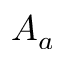
A _ { a }